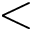
<